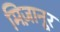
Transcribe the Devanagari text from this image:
मिज़ानूर